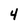
Character: 4